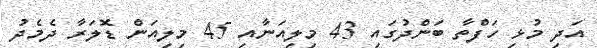
އަދި މުޅި ހަފްތާ ބަންދުގައި 43 މިލިއަނާއި 45 މިލިއަން ޑޮލަރާ ދެމެދު